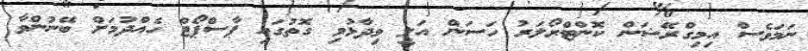
ނަމަވެސް އިމިގްރޭޝަން ކޮންޓްރޯލަރު ހަސަން އަލީ ވިދާޅުވި ގޮތުގައި ޕާސްޕޯޓް ހެއްދުމަށް ބޭނުންވާ